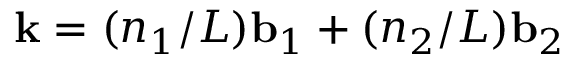
{ \bf k } = ( n _ { 1 } / L ) { \bf b } _ { 1 } + ( n _ { 2 } / L ) { \bf b } _ { 2 }